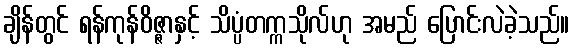
ချိန်တွင် ရန်ကုန်ဝိဇ္ဇာနှင့် သိပ္ပံတက္ကသိုလ်ဟု အမည် ပြောင်းလဲခဲ့သည်။